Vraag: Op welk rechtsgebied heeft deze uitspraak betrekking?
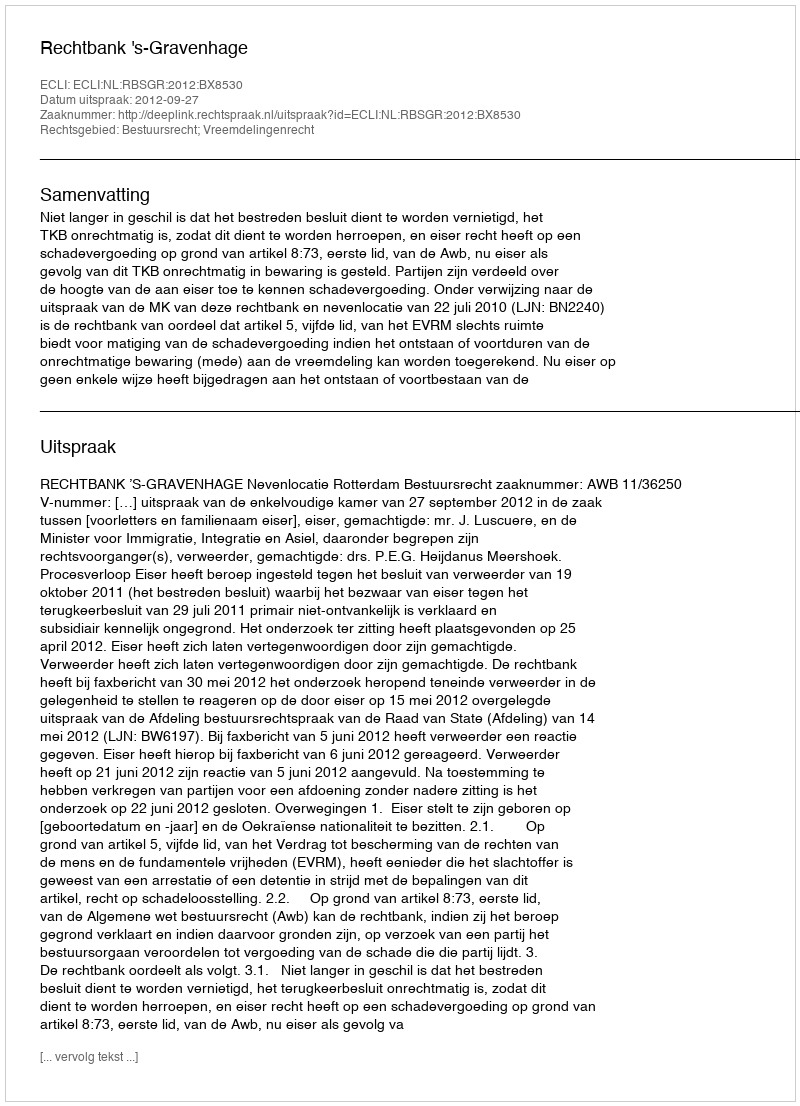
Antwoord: Bestuursrecht; Vreemdelingenrecht